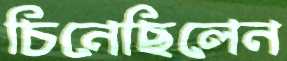
চিনেছিলেন